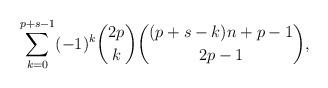
LaTeX: \begin{align*}\sum_{k=0}^{p+s-1}(-1)^k\binom{2p}{k}\binom{(p+s-k)n+p-1}{2p-1},\end{align*}